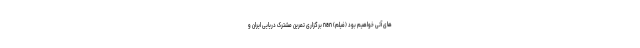
های آتی خواهیم بود (فیلم) nan برگزاری تمرین مشترک دریایی ایران و